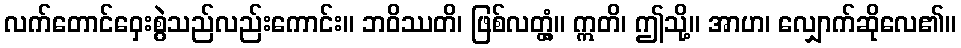
လက်တောင်ဝှေးစွဲသည်လည်းကောင်း။ ဘဝိဿတိ၊ ဖြစ်လတ္တံ့။ ဣတိ၊ ဤသို့။ အာဟ၊ လျှောက်ဆိုလေ၏။